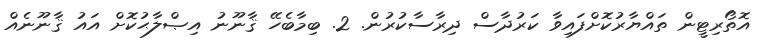
އޮތޯރިޓީން ތައްޔާރުކޮށްފައިވާ ކަރުދާސް ދިރާސާކުރުން. 2. ބިމާބެހޭ ޤާނޫނު އިޞްލާޙުކޮށް އައު ޤާނޫނެއް